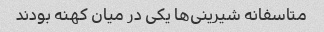
متاسفانه شیرینی‌ها یکی در میان کهنه بودند